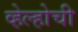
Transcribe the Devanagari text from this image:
व्हेल्होची